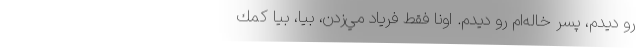
رو ديدم، پسر خاله‌ام رو ديدم. اونا فقط فرياد مي‌زدن، بيا، بيا كمك